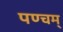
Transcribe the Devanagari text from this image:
पण्चम्